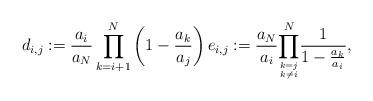
LaTeX: \begin{align*}d_{i,j}:=\frac{a_{i}}{a_{N}}\prod_{k=i+1}^{N}\left(1-\frac{a_{k}}{a_{j}}\right)e_{i,j}:=\frac{a_{N}}{a_{i}}\overset{N}{\underset{\genfrac{}{}{0pt}{}{k=j}{k\neq i}}{\prod}}\frac{1}{1-\frac{a_{k}}{a_{i}}},\end{align*}